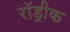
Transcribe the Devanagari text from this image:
रॉड्रीक